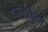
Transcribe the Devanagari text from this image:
कावेरिपुरम